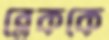
ব্লেককে